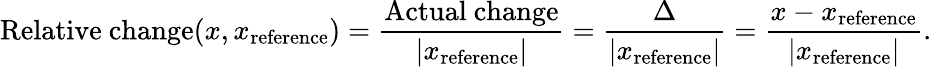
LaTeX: {\mathrm{Relative~change}}(x,x_{\mathrm{reference}})={\frac{\mathrm{Actual~change}}{|x_{\mathrm{reference}}|}}={\frac{\Delta}{|x_{\mathrm{reference}}|}}={\frac{x-x_{\mathrm{reference}}}{|x_{\mathrm{reference}}|}}.